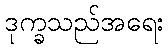
ဒုက္ခသည်အရေး